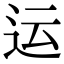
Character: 运